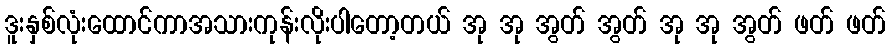
ဒူးနှစ်လုံးထောင်ကာအသားကုန်းလိုးပါတော့တယ် အု အု အွတ် အွတ် အု အု အွတ် ဖတ် ဖတ်